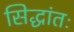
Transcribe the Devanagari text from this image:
सिद्धांतः